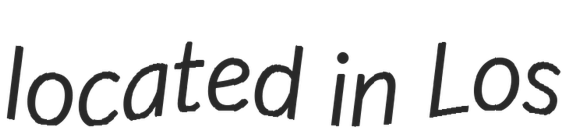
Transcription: located in Los